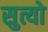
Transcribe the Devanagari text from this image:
सुत्यो